Vital statistics of India. Vol. IV, Annual returns from 1871 to 1876. British Army of India, Native Army and jails of Bengal
Year: 1871
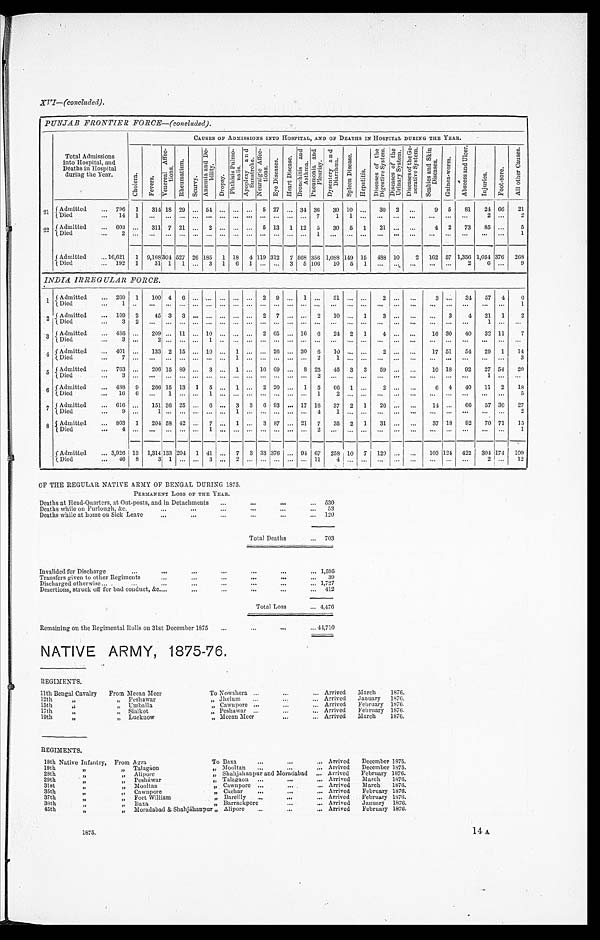
1875.
14 A
XVI— (COnc luded).
PUNJAB FRONTIER FORCE—(concluded).
Total Admissions
into Hospital, and
Deaths in hospital
during the Year.
CAUSES OF ADMISSIONS INTO HOSPITAL, AND OP DEATHS IN HOSPITAL DURING THE YEAR.
C h o l e r a .
F e v e r s .
V e n e r e a l A f f e c t i o n s .
R h e u m a t i s m .
S c u r v y .
A n æ m i a a n d D e b i l i t y .
D r o p s y .
P h t h i s i s P u l m o n a l i s . A p o p l e x y a n d S u n s t r o k e .
N e u r a l g i e A f f e c t i o n s .
E y e D i s e a s e s . H e a r t D i s e a s e .
B r o n c h i t i s a n d A s t h m a .
P n e u m o n i a a n d P l e u r i s y .
D y s e n t e r y a n d D i a r r h œ a .
S p l e e n D i s e a s e .
H e p a t i t i s .
D i s e a s e s o f t h e D i g e s t i v e S y s t e m .
D i s e a s e s o f t h e U r i n a r y S y s t e m . D i s e a s e s o f t h e G e n e r a t i v e S y s t e m .
S e a b i e s a n d S k i n D i s e a s e s .
G u i n e a - w o r m .
A b s c e s s a n d U l c e r .
I n j u r i e s .
F o o t - s o r e .
A l l o t h e r C a u s e s .
2 1
Admitted
...
796
1
314 18 29 ... 54 ... ... ... 5 27 ... 34 36
30 10
. . . 30 2
. . .
9
5
81
2 4
66
21
Died
...
1 4 1
...
... ... ... ... ... ... ... ... ...
. . . ...
7
1
1
. . .
. . .
. . .
. . .
. . .
. . .
. . .
2
. . .
2
2 2 Admitted
...
603
. . .
311 7 21
...
2 ... ...
. . . 5 13 1 12 5
30
5 1
21
. . .
. . .
4 2
73
85
. . .
5
Died
. . .
2
. . .
...
... ...
...
... ... ... ... ... ... ... ...
1
. . .
. . .
. . .
. . .
. . .
. . .
. . . .
. . .
. . .
. . .
. . .
1
Admitted
. . .
... 16,621
1 9,168
3 0 4
527 26 185
1 18 4 119 312 7 568 356
1 , 0 8 8 149 15 488 10
2 162 57 1,356 1,054 376 268
Died
...
192 1
31 1 1 ... 3 1 6 1
. . .
. . . 3 5 106
10 5
1 ...
. . .
. . .
... ...
2
6 ...
9
INDIA IRREGULAR FORCE.
1
Admitted
...
260
1
100 4 6
. . .
...
...
. . .
. . .
2
9
...
1
...
3 1
...
...
2
...
...
3
. . .
3 4
5 7 4
6
Died
. . .
1
. . .
. . .
. . .
. . .
. . .
. . .
. . .
. . .
. . .
. . .
. . .
. . .
. . .
. . .
. . .
. . .
. . .
. . .
. . .
. . .
. . .
. . .
. . .
. . .
. . .
1
2 Admitted
...
109 2
45 3 3 ... ... ...
2 7 ...
2
10 ..
1
3 .
..
...
3
4
21 1
2
Died
. . .
3
2
. . .
. . .
. . .
. . .
. . .
. . .
. . .
. . .
. . .
. . .
. . .
. . .
. . .
. . .
. . .
. . .
. . .
. . . . . .
. . .
. . .
. . .
1
. . .
. . .
3 Admitted
. . . 486 ...
209
. . . 11 ... 10 ... ... ... 2 65 ... 16 6
24
2 1
4 ...
. . .
16 30
40
32 11
7
Died
. . .
3
. . .
2
. . .
. . .
. . .
1
. . .
. . .
. . .
. . .
. . .
. . .
. . .
. . .
. . .
. . .
. . .
. . .
. . .
. . .
. . .
. . .
. . .
. . .
. . .
. . .
4 Admitted
...
401
. . . 133 2 15
. . . 10
. . . 1 ... ... 26 ... 30 6
10
. . .
. . .
2
. . .
. . .
17 51
54
29
1
14
Died
. . .
7
. . .
. . .
. . .
. . .
. . .
. . . ...
1
. . .
. . .
. . .
. . .
. . .
. . .
1
. . .
. . . ... ...
...
... ... ...
... ...
3
5
Admitted
...
763
. . .
206 15 89 ... 3
. . . 1 ... 16 69
. . .
8 25
45
3
3
59 ...
...
10 18
92
27 54
20
Died
. . .
3
. . .
. . .
. . .
. . .
. . .
. . .
. . .
. . .
. . .
. . .
. . .
. . .
. . .
2
. . .
. . .
. . .
. . .
. . .
. . .
. . .
. . .
. . .
1
. . .
. . .
6
Admitted
...
488
9
266 15 13
1 5
. . . 1
. . . 2 20
. . .
1 5
6 6 1
. . .
2
. . .
. . .
6 4
40
11 2
I8
Died
...
16
6
. . .
1
. . .
. . .
1
. . .
. . .
. . .
. . .
. . .
. . .
. . .
1
2
. . . ...
...
...
...
...
...
...
...
...
5
7 Admitted
...
616
. . .
151 36 25 ...
6 ... 3 3 6 93 ... 17 16
37
2 1
26
. . .
. . .
14 ...
66
57 30
27
Died
. . .
9
. . .
1
. . .
. . .
. . .
. . .
. . .
1
. . .
. . .
. . .
. . .
. . .
4
1
. . .
. . .
. . .
. . .
. . .
. . .
. . .
. . .
. . .
. . .
2
8
Admitted
...
803
1
204 58 42 ... 7 ... 1 ... 3 87 ... 21 7
35
2 1
31 ...
...
37 18
92
70 71
15
Died
. . .
4
. . .
. . .
. . .
. . .
. . . 1
. . .
. . .
. . .
. . .
. . .
. . .
. . . 2
. . .
. . .
. . .
. . .
. . .
. . .
. . .
. . .
. . .
. . .
. . .
1
Admitted
... 3,926 13
1,314 133 204 1 41 ... 7 3 33 376 ... 91 67 258 10 7 129 ...
. . .
103 124
422 301117.4
. . .
109
Died
...
46
8
3
1
. . .
. . .
3
. . .
2
. . .
. . .
. . .
. . .
. . .
1 1
4
. . .
. . .
. . .
. . .
. . .
. . .
. . .
. . .
2
. . . 12
OF THE REGULAR NATIVE ARMY OF BENGAL DURING 1875.
PERMANENT LOSS OF THE YEAR.
Deaths at Head-Quarters, at Out-posts, and in Detachments
...
...
...
...
530
Deaths while on Furlough, &c.
. . .
...
. . .
...
...
...
53
Deaths while at home on Sick Leave
...
. . .
. . .
. . .
...
...
120
Total Deaths
...
703
Invalided for Discharge
...
...
. . .
. . .
...
...
... 1,595
Transfers given to other Regiments
. . .
. . .
...
. . .
...
...
39
Discharged otherwise...
...
...
. . .
. . .
. . .
...
... 1,727
Desertions, struck off for bad conduct, &c....
...
...
...
...
...
412
Total Loss
... 4,476
Remaining on the Regimental Rolls on 31st December 1875
. . .
...
...
... 44,710
NATIVE ARMY, 1875-76,
REGIMENTS.
11th Bengal Cavalry From Meean Meer To Nowshera
...
...
... Arrived
March
1876.
12th
, ,
, , Peshawar
, , Jhelum
...
. . .
. . . Arrived
January
1876.
15th
, ,
, ,
Umballa
„
Cawnpore ...
. . .
... Arrived
February 1876.
17th
, ,
„ Sialkot
„ Peshawar ...
. . .
. . . Arrived
February 1876.
19th
, ,
, ,
Lucknow
„ Meeau Meer
...
... Arrived
March
1876.
REGIMENTS.
18th Native Infantry,
From Agra
To Bax
. . .
. . .
. . . Arrived
December 1875.
19th
, ,
„
Talagaon
„ Mooltan
...
. . .
. . . Arrived
December 1875.
28th
„
„
Alipore
„ Shahjahanpur and Moradabad
... Arrived
February 1876.
29th
, ,
„
Peshàwar
„ Talagaon
...
...
... Arrived
March
1876.
31st
, ,
,,
Mooltan
„ Cawnpore
. . .
...
... Arrived
March
1876.
35th
, ,
,,
Cawnpore
„ Cachar
. . .
...
... Arrived
February 1876.
37th
, ,
, , Fort William
„ Bareilly
. . .
...
... Arrived
February 1876.
38th
, ,
,,
Baxa
„ Barrackpore
. . .
... Arrived
January
1876.
45th
, ,
,,
Moradabad & Shahjàhanpur „ Alipore
...
. . .
. . . Arrived
February 1876.